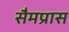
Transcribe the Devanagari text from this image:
सैमप्रास